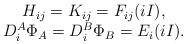
LaTeX: \begin{align*} \begin{array}{c}H_{ij}=K_{ij}=F_{ij}(iI), \\ D_i^A\Phi _A=D_i^B\Phi _B=E_i(iI). \end{array}\end{align*}